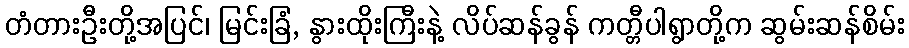
တံတားဦးတို့အပြင်၊ မြင်းခြံ, နွားထိုးကြီးနဲ့ လိပ်ဆန်ခွန် ကတ္တီပါရွာတို့က ဆွမ်းဆန်စိမ်း